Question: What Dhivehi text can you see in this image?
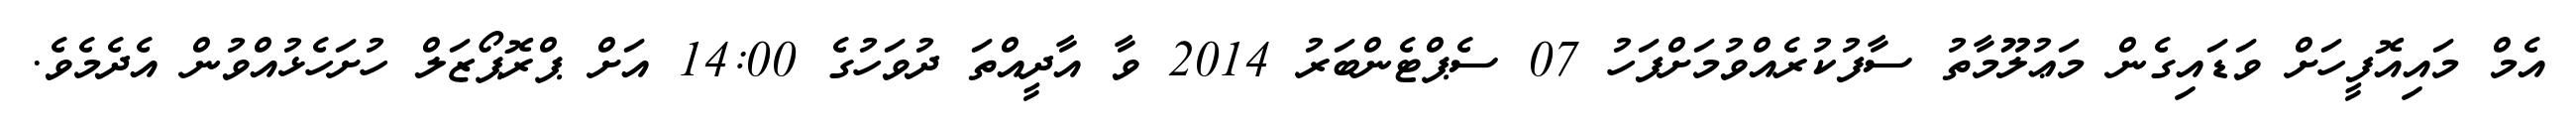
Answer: އެމް މައިއޮފީހަށް ވަޑައިގެން މަޢުލޫމާތު ސާފުކުރެއްވުމަށްފަހު 07 ސެޕްޓެންބަރު 2014 ވާ އާދީއްތަ ދުވަހުގެ 14:00 އަށް ޕްރޮޕޯޒަލް ހުށަހެޅުއްވުން އެދެމެވެ.